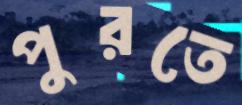
পুরতে